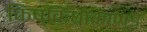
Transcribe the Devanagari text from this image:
किष्किंधाकाण्ड